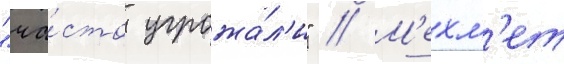
"ча́сто угрожа́л'и" // М'ехм'ет